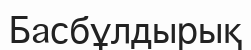
Басбұлдырық